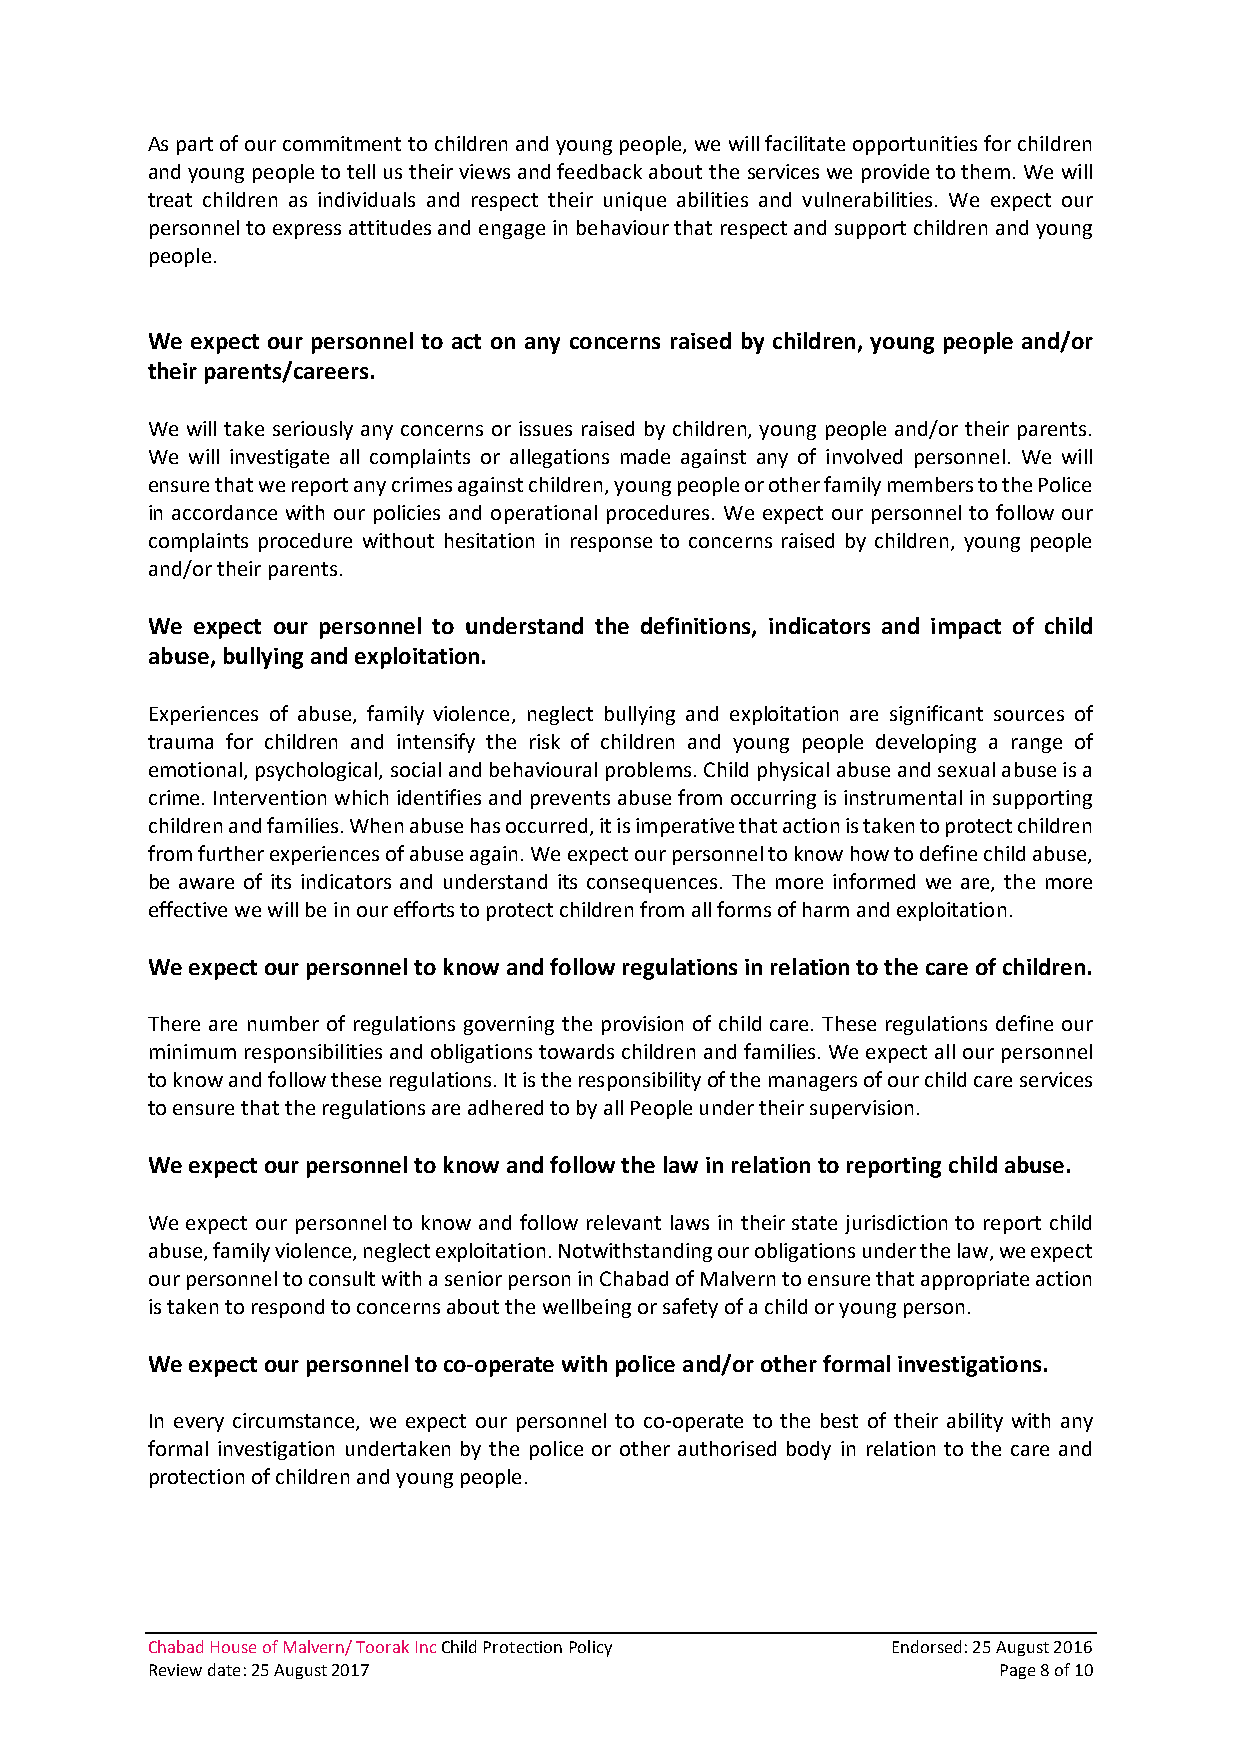
As part of our commitment to children and young people, we will facilitate opportunities for children
 and young people to tell us their views and feedback about the services we provide to them. We will
 treat children as individuals and respect their unique abilities and vulnerabilities. We expect our
 personnel to express attitudes and engage in behaviour that respect and support children and young
 people.
 We expect our personnel to act on any concerns raised by children, young people and/or
 their parents/careers.
 We will take seriously any concerns or issues raised by children, young people and/or their parents.
 We will investigate all complaints or allegations made against any of involved personnel. We will
 ensure that we report any crimes against children, young people or other family members to the Police
 in accordance with our policies and operational procedures. We expect our personnel to follow our
 complaints procedure without hesitation in response to concerns raised by children, young people
 and/or their parents.
 We expect our personnel to understand the definitions, indicators and impact of child
 abuse, bullying and exploitation.
 Experiences of abuse, family violence, neglect bullying and exploitation are significant sources of
 trauma for children and intensify the risk of children and young people developing a range of
 emotional, psychological, social and behavioural problems. Child physical abuse and sexual abuse is a
 crime. Intervention which identifies and prevents abuse from occurring is instrumental in supporting
 children and families. When abuse has occurred, it is imperative that action is taken to protect children
 from further experiences of abuse again. We expect our personnel to know how to define child abuse,
 be aware of its indicators and understand its consequences. The more informed we are, the more
 effective we will be in our efforts to protect children from all forms of harm and exploitation.
 We expect our personnel to know and follow regulations in relation to the care of children.
 There are number of regulations governing the provision of child care. These regulations define our
 minimum responsibilities and obligations towards children and families. We expect all our personnel
 to know and follow these regulations. It is the responsibility of the managers of our child care services
 to ensure that the regulations are adhered to by all People under their supervision.
 We expect our personnel to know and follow the law in relation to reporting child abuse.
 We expect our personnel to know and follow relevant laws in their state jurisdiction to report child
 abuse, family violence, neglect exploitation. Notwithstanding our obligations under the law, we expect
 our personnel to consult with a senior person in Chabad of Malvern to ensure that appropriate action
 is taken to respond to concerns about the wellbeing or safety of a child or young person.
 We expect our personnel to co‐operate with police and/or other formal investigations.
 In every circumstance, we expect our personnel to co‐operate to the best of their ability with any
 formal investigation undertaken by the police or other authorised body in relation to the care and
 protection of children and young people.
 Chabad House of Malvern/ Toorak Inc Child Protection Policy Endorsed: 25 August 2016
 Review date: 25 August 2017                             Page 8 of 10